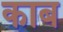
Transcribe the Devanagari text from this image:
काब